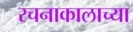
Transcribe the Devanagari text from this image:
रचनाकालाच्या